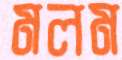
মলম